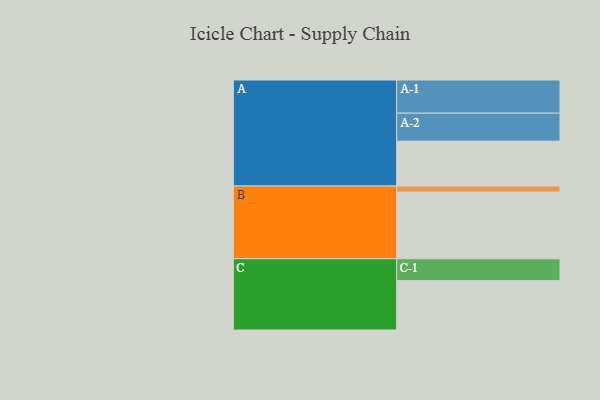
{"axis": {"x": "Segment", "y": "Value"}, "legend": ["", "A", "B", "C"], "data": [{"x": "A", "y": 379, "type": ""}, {"x": "B", "y": 563, "type": ""}, {"x": "C", "y": 417, "type": ""}, {"x": "A-1", "y": 280, "type": "A"}, {"x": "A-2", "y": 237, "type": "A"}, {"x": "B-1", "y": 51, "type": "B"}, {"x": "C-1", "y": 185, "type": "C"}]}